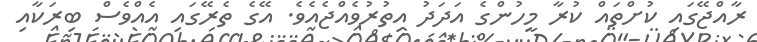
ރާއްޖޭގައި ކުށްތައް ކުރާ މީހުންގެ އަދަދު އިތުރުވެއްޖެއެވެ. އޭގެ ތެރޭގައި އެއްވެސް ބިރަކާއި